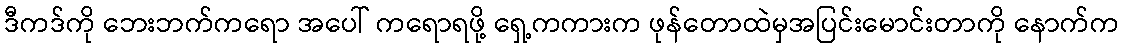
ဒီကဒ်ကို ဘေးဘက်ကရော အပေါ် ကရောရဖို့ ရှေ့ကကားက ဖုန်တောထဲမှအပြင်းမောင်းတာကို နောက်က